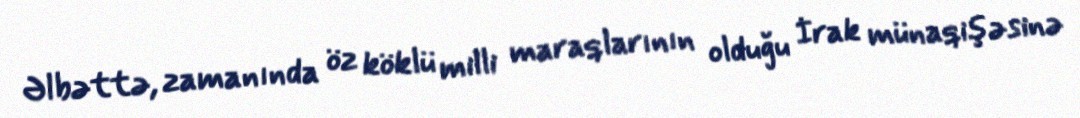
Əlbəttə, zamanında öz köklü milli maraqlarının olduğu İrak münaqişəsinə